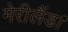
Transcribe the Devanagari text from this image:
मेरीलैंड।